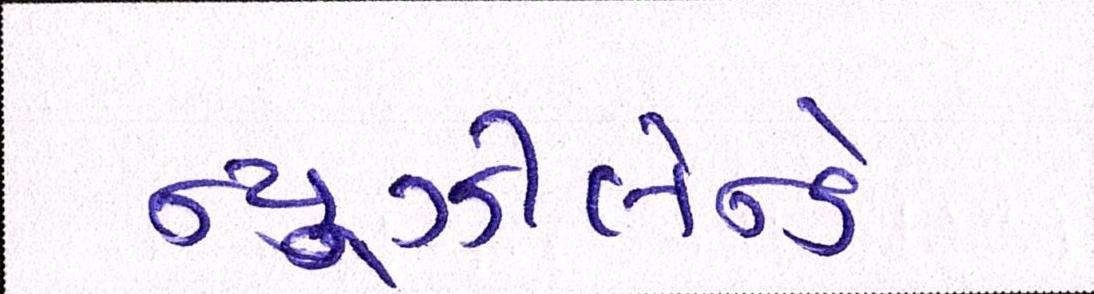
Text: ન્યૂઝીલેન્ડે